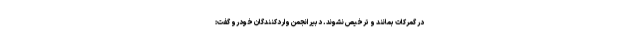
در گمرکات بمانند و ترخیص نشوند. دبیر انجمن واردکنندگان خودرو گفت: